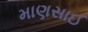
માણસાઈ